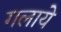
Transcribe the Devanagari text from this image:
गलाये